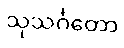
သုသင်္ဂတော